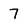
Character: 7